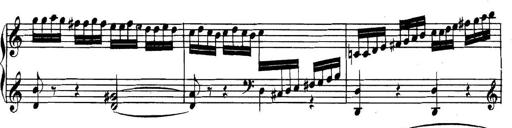
Title: Collected Piano Sonatas
Composer: Muzio Clementi